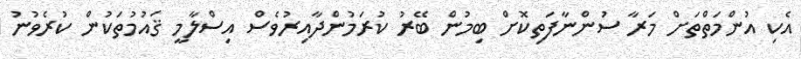
އެކި އުންމަތްތަށް މަރާ ސުންނާފަތިކޮށް ބިމުން ބޭރު ކުރަމުންދާއިރުވެސް އިސްލާމީ ޤައުމުތަކުން ކުރެވުނު